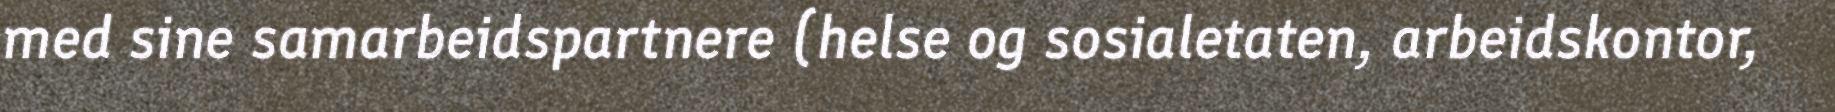
med sine samarbeidspartnere (helse og sosialetaten, arbeidskontor,